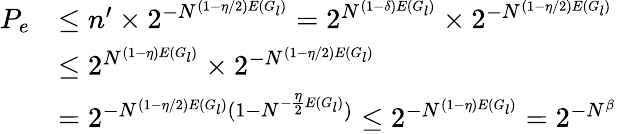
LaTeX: \begin{array}{rl}{P_{e}}&{\leq n’\times 2^{-N^{(1-\eta/2)E(G_{l})}}=2^{N^{(1-\delta)E(G_{l})}}\times 2^{-N^{(1-\eta/2)E(G_{l})}}}\\ &{\leq 2^{N^{(1-\eta)E(G_{l})}}\times 2^{-N^{(1-\eta/2)E(G_{l})}}}\\ &{=2^{-N^{(1-\eta/2)E(G_{l})}(1-N^{-\frac{\eta}{2}E(G_{l})})}\leq 2^{-N^{(1-\eta)E(G_{l})}}=2^{-N^{\beta}}}\end{array}